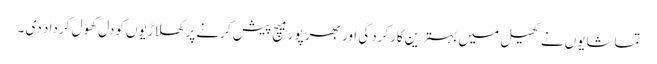
تماشایوں نے کھیل میں بہترین کارکردگی اور بھر پور میچ پیش کرنے پر کھلاڑیوں کودل کھول کر داد دی ۔